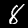
Digit: 8